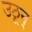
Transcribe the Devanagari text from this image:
उठून्